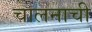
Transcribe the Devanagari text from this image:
चालनाची